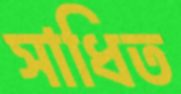
সাধিত